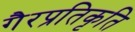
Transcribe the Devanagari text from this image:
गैरप्रतिकृति